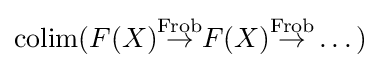
\operatorname {colim} (F(X){\stackrel {\text{Frob}}{\to }}F(X){\stackrel {\text{Frob}}{\to }}\dots )